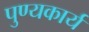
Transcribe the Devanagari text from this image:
पुण्यकार्य